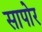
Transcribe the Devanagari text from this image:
सापोर